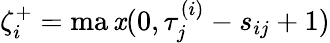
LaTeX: \zeta_{i}^{+}=\operatorname*{ma\mathit{x}}(0,\tau_{j}^{(i)}-s_{ij}+1)